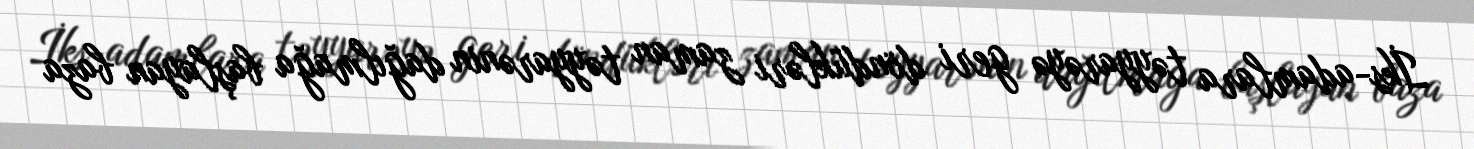
İks-adamlara təyyarəyə geri döndükləri zaman təyyarənin dağılmağa başlayan baza